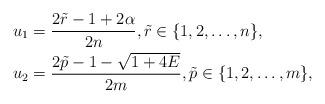
LaTeX: \begin{align*} & u_{1}=\frac{2\tilde{r}-1+2\alpha}{2n}, \tilde{r} \in \{1, 2, \ldots, n\}, \\ & u_{2}=\frac{2\tilde{p}-1-\sqrt{1+4E}}{2m}, \tilde{p} \in \{1, 2, \ldots, m\}, \end{align*}